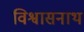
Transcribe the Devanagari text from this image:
विश्वासनाथ